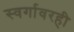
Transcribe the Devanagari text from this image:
स्वर्गावरही